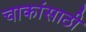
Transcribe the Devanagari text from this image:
चाकांसाठी